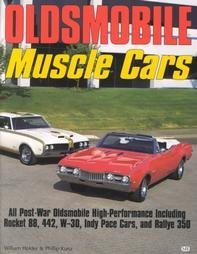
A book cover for Oldsmobile Muscle Cars; William G. Holder; Engineering & Transportation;